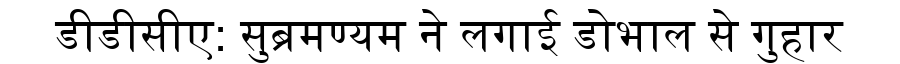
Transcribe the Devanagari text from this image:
डीडीसीए: सुब्रमण्यम ने लगाई डोभाल से गुहार